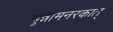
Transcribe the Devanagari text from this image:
पुन्नामनरकात्